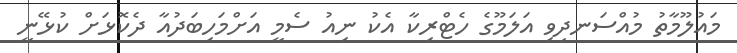
މައުލޫމާތު މުއްސަނދިވި އަލަމޫގެ ހެޓްރިކާ އެކު ނިއު ސެމީ އަށްމަހިބަދުއާ ދެކޮޅަށް ކުޅޭނީ